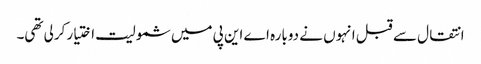
انتقال سے قبل انہوں نے دوبارہ اے این پی میں شمولیت اختیار کرلی تھی۔